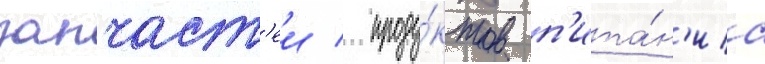
запчаст'еи / проду́ктов п'ита́н'иа